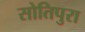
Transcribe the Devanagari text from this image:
सोतिपुरा